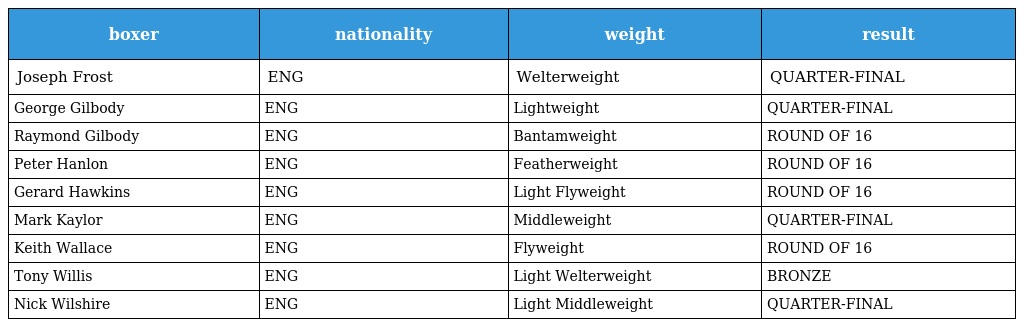
| boxer | nationality | weight | result |
 | --- | --- | --- | --- |
 | Joseph Frost | ENG | Welterweight | QUARTER-FINAL |
 | George Gilbody | ENG | Lightweight | QUARTER-FINAL |
 | Raymond Gilbody | ENG | Bantamweight | ROUND OF 16 |
 | Peter Hanlon | ENG | Featherweight | ROUND OF 16 |
 | Gerard Hawkins | ENG | Light Flyweight | ROUND OF 16 |
 | Mark Kaylor | ENG | Middleweight | QUARTER-FINAL |
 | Keith Wallace | ENG | Flyweight | ROUND OF 16 |
 | Tony Willis | ENG | Light Welterweight | BRONZE |
 | Nick Wilshire | ENG | Light Middleweight | QUARTER-FINAL |